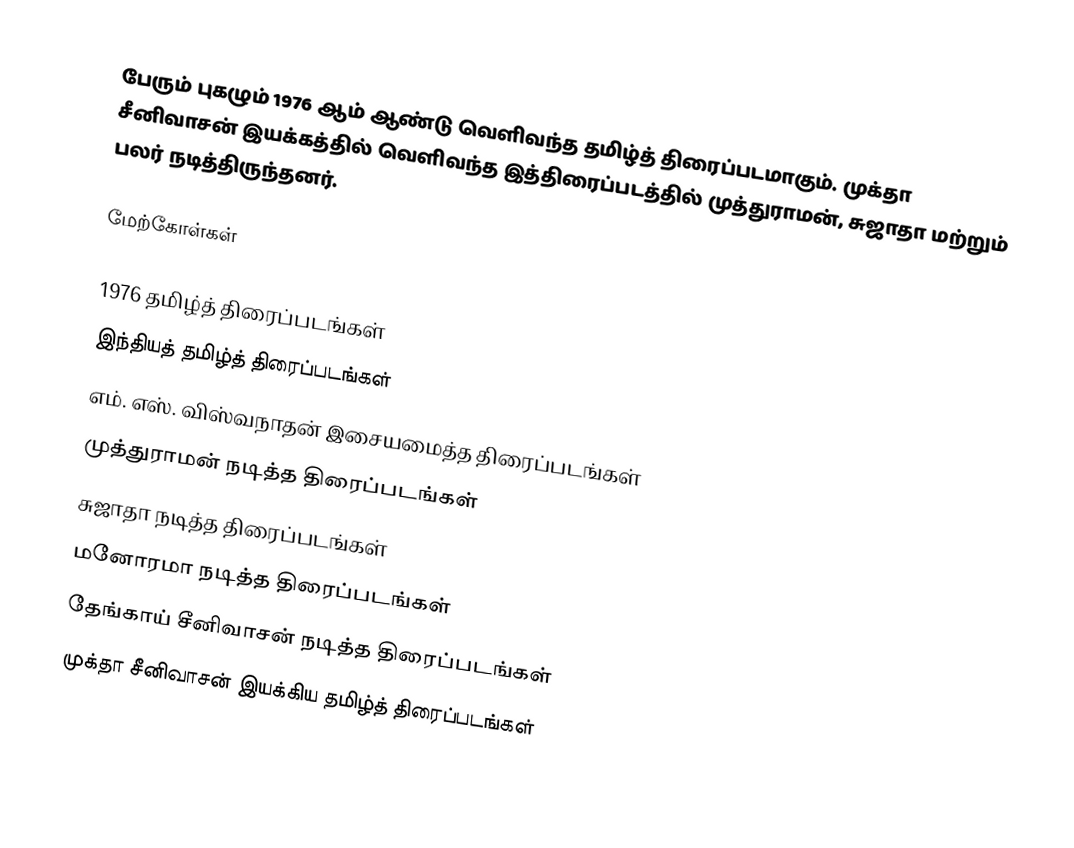
பேரும் புகழும் 1976 ஆம் ஆண்டு வெளிவந்த தமிழ்த் திரைப்படமாகும். முக்தா சீனிவாசன் இயக்கத்தில் வெளிவந்த இத்திரைப்படத்தில் முத்துராமன், சுஜாதா மற்றும் பலர் நடித்திருந்தனர்.

மேற்கோள்கள்

1976 தமிழ்த் திரைப்படங்கள்
இந்தியத் தமிழ்த் திரைப்படங்கள்
எம். எஸ். விஸ்வநாதன் இசையமைத்த திரைப்படங்கள்
முத்துராமன் நடித்த திரைப்படங்கள்
சுஜாதா நடித்த திரைப்படங்கள்
மனோரமா நடித்த திரைப்படங்கள்
தேங்காய் சீனிவாசன் நடித்த திரைப்படங்கள்
முக்தா சீனிவாசன் இயக்கிய தமிழ்த் திரைப்படங்கள்